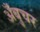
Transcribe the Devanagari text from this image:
अँबुचर